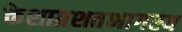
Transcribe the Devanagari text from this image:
केशाग्रशतभागस्य